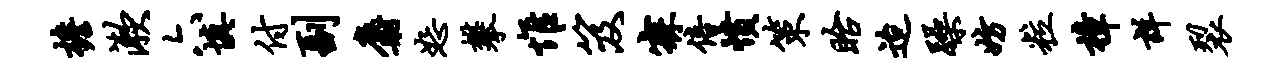
檐漱六填付副麝恕攀惟笈寐倍愤策眙迨躁妨粒樟详裂